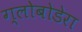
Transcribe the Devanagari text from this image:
ग्लोबोडेरा